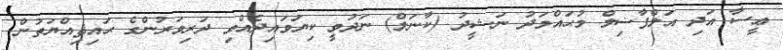
ޢީސާ އަދި އަލްފާޟިލް މުޙައްމަދު ނަޝީދު (ކާނަލް) ނަދުވީ ކިޔަވައިދެއްވި ދަރިވަރުންގެ ޙައިޘިއްޔަތުން